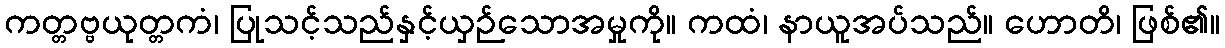
ကတ္တဗ္ဗယုတ္တကံ၊ ပြုသင့်သည်နှင့်ယှဉ်သောအမှုကို။ ကထံ၊ နာယူအပ်သည်။ ဟောတိ၊ ဖြစ်၏။